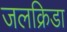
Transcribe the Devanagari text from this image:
जलक्रिडा